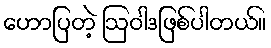
ဟောပြတဲ့ ဩဝါဒဖြစ်ပါတယ်။